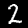
Digit: 2